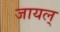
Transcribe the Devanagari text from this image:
जायल्